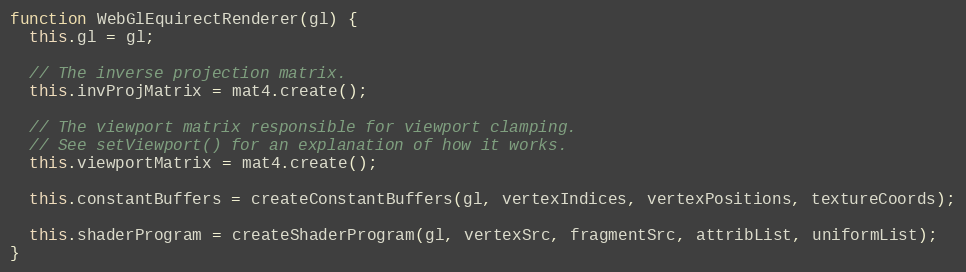
Language: JavaScript
function WebGlEquirectRenderer(gl) {
  this.gl = gl;

  // The inverse projection matrix.
  this.invProjMatrix = mat4.create();

  // The viewport matrix responsible for viewport clamping.
  // See setViewport() for an explanation of how it works.
  this.viewportMatrix = mat4.create();

  this.constantBuffers = createConstantBuffers(gl, vertexIndices, vertexPositions, textureCoords);

  this.shaderProgram = createShaderProgram(gl, vertexSrc, fragmentSrc, attribList, uniformList);
}